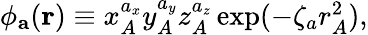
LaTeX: \begin{array}{r}{\phi_{\mathbf{a}}({\mathbf r})\equiv x_{A}^{a_{x}}y_{A}^{a_{y}}z_{A}^{a_{z}}\exp(-\zeta_{a}r_{A}^{2}),}\end{array}